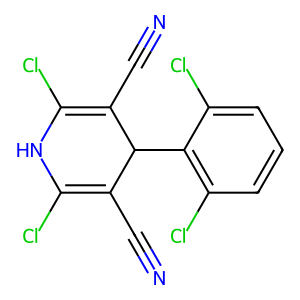
SMILES: N#CC1=C(Cl)NC(Cl)=C(C#N)C1c1c(Cl)cccc1Cl
Inhibits HIV replication: No